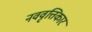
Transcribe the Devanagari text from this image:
नववृत्तिकार